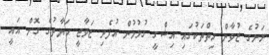
ރަށުގެ ޒުވާން ހިތްތަކުގައި އިޝްގީ ގުޅުމުން އުފެދި ޒަވާޖީ ހަޔާތުގެ ގޮށް އައީ